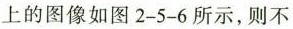
上的图像如图2-5-6所示，则不